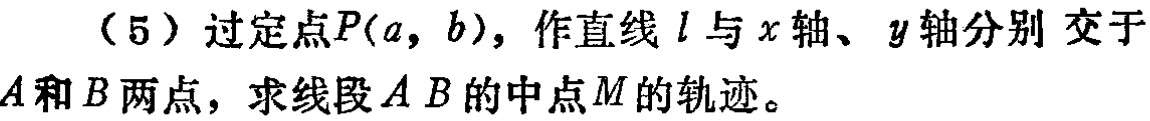
（5）过定点\(P(a,b)\)，作直线\(l\)与\(x\)轴、\(y\)轴分别 交于\(A\)和\(B\)两点，求线段\(AB\)的中点\(M\)的轨迹。